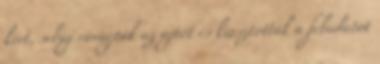
kért, sebaj rávágták az ajtót és kiosztották a feladatot